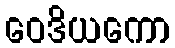
ဝေဒိယကော